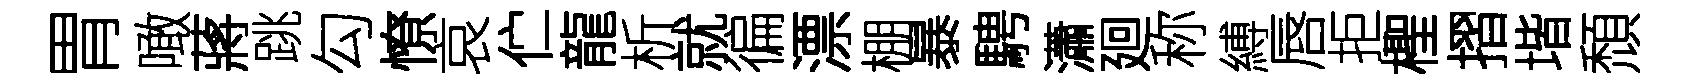
胃噉蔣跳勾憭哀伫龍析就徧漂棚暴騁瀟廻称縛唇拒檉摺堦頹